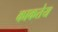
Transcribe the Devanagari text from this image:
काकतेय